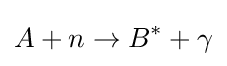
A+n\to B^{*}+\gamma